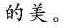
的美。